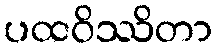
ပထဝိဿိတာ